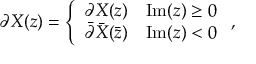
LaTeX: \partial X ( z ) = \left\{ \begin{array} { l l } { { \partial X ( z ) } } & { { \mathrm { I m } ( z ) \geq 0 } } \\ { { \bar { \partial } \bar { X } ( \bar { z } ) } } & { { \mathrm { I m } ( z ) < 0 } } \end{array} \right. ,